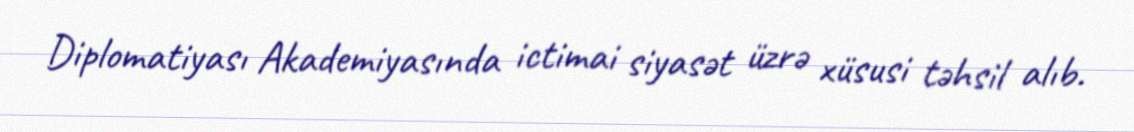
Diplomatiyası Akademiyasında ictimai siyasət üzrə xüsusi təhsil alıb.